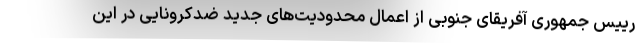
رییس جمهوری آفریقای جنوبی از اعمال محدودیت‌های جدید ضدکرونایی در این